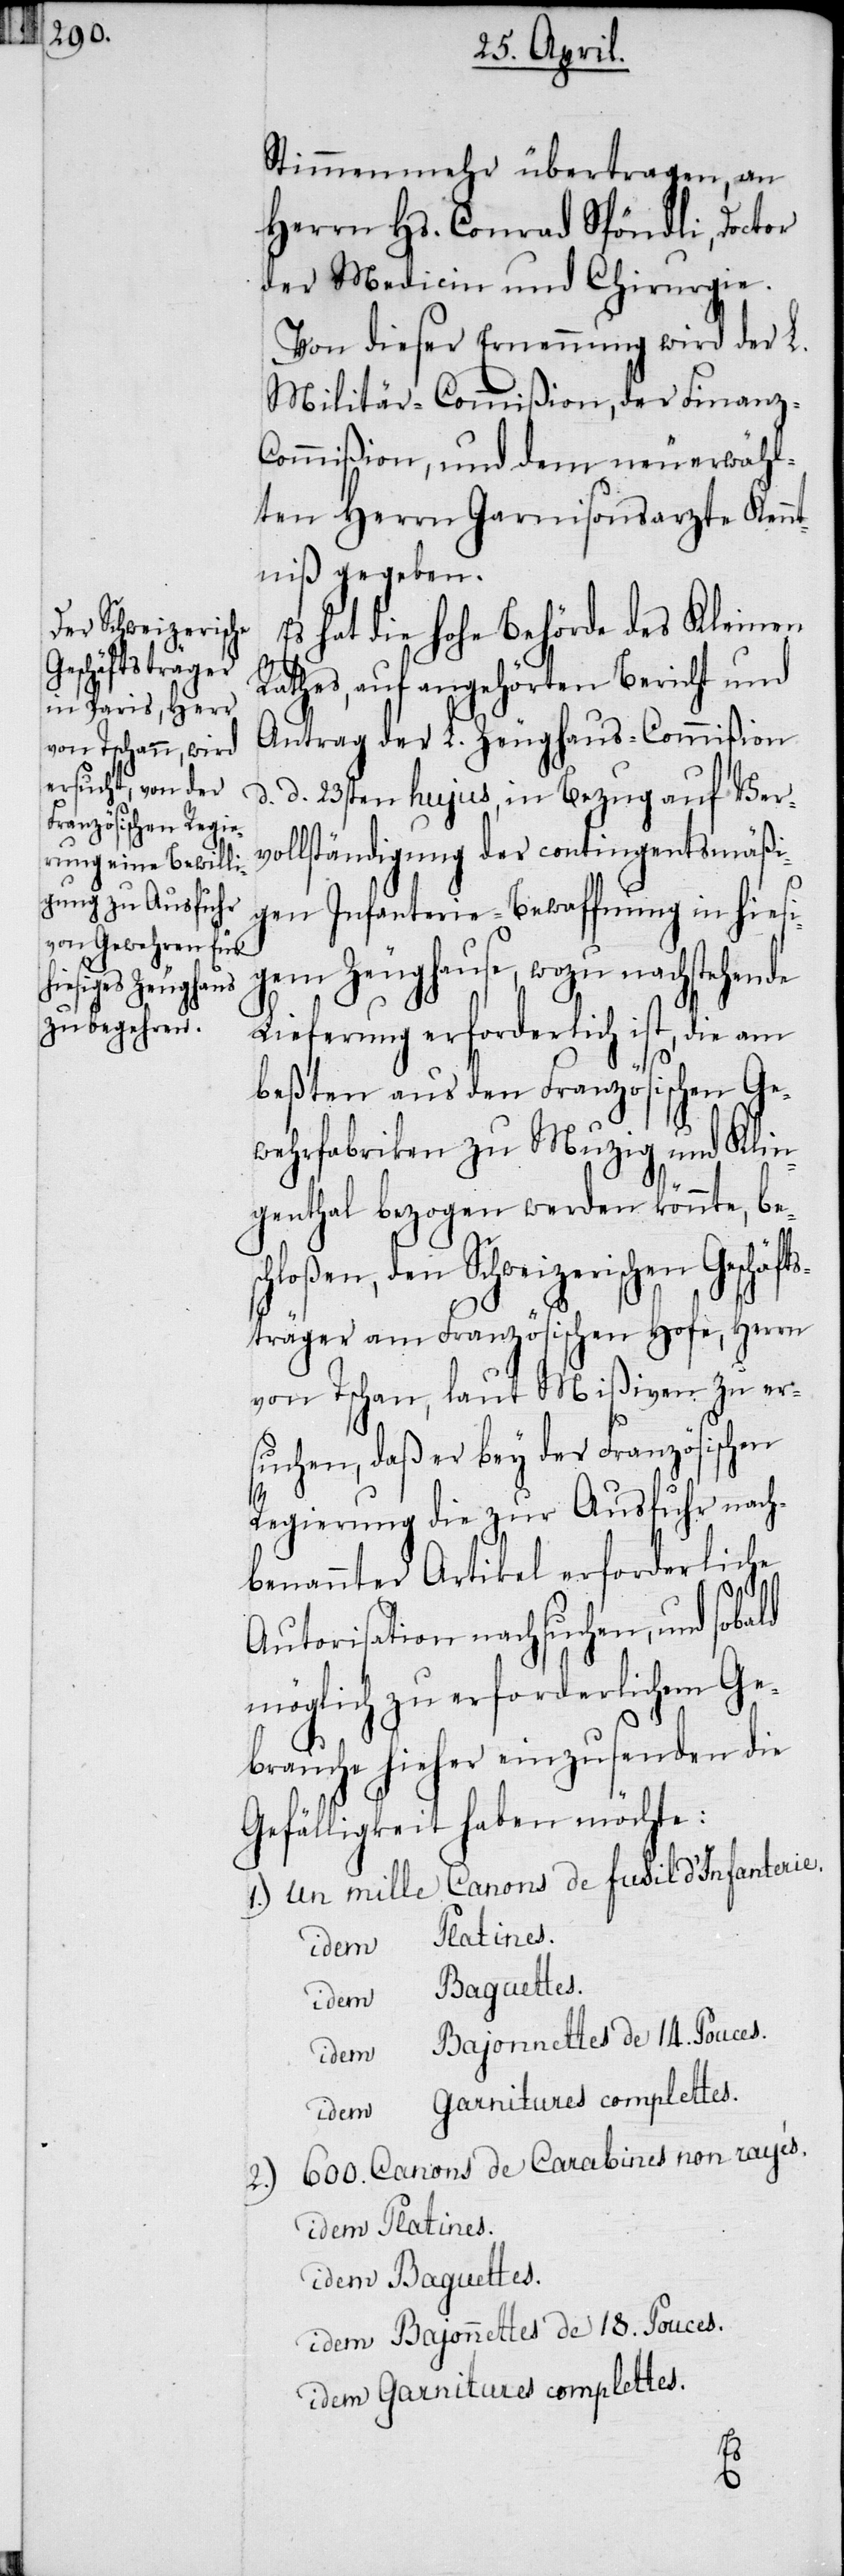
Geschäfts¬
Mißiven zu er¬

Stimmenmehr übertragen, an
Herrn Hs. Conrad Spöndli, Doctor
der Medicin und Chirurgie.
Von dieser Ernennung wird der L.
Militär-Commißion, der Finanz-C¬
ommißion, und dem neuerwähl¬
ten Herrn Garnisonsarzte Kennt¬
niß gegeben.
Es hat die hohe Behörde des Kleinen
Rathes, auf angehörten Bericht und
Antrag der L. Zeughaus-Commißion
d. d. 23sten hujus, in Bezug auf Ver¬
vollständigung der contingentsmäßi¬
gen Infanterie-Bewaffnung in hiesi¬
gem Zeughause, wozu nachstehende
Lieferung erforderlich ist, die am
beßten aus den Französischen Ge¬
wehrfabriken zu Muzig und Klin¬
genthal bezogen werden könnte, besc¬
hloßen, den Schweizerischen
träger am Französischen Hofe, Herrn
suchen, daß er bey der Französischen
Regierung die zur Ausfuhr nach¬
benannter Artikel erforderliche
Autorisation nachsuchen, und sobald
möglich zu erforderlichem Ge¬
brauche hieher einzusenden die
Gefälligkeit haben möchte:
Baguettes.
Bajonnettes de 18. Pouces.
Garnitures complettes.
Canons de Carabines non rayés..
2.)
Platines.